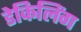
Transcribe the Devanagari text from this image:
डेकिलिंग